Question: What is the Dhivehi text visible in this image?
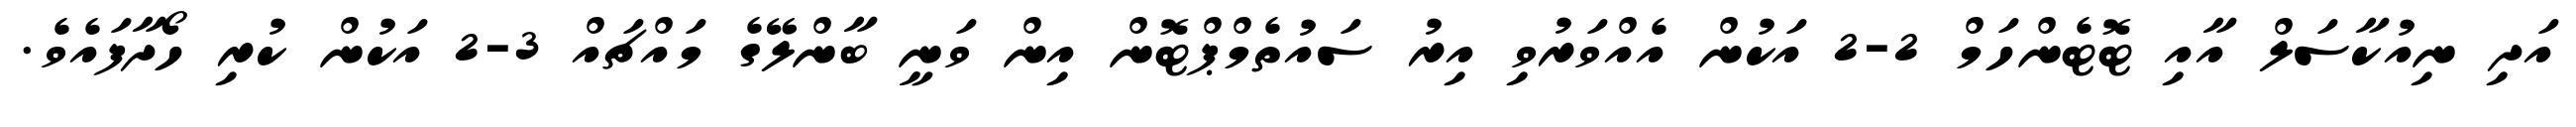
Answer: އަދި ނިއުކާސަލް އާއި ޓޮޓެންހަމް 2-2 އަކުން އެއްވަރުވި އިރު ސައުތެމްޕްޓޮން އިން ވަނީ ބާންލޭގެ މައްޗައް 3-2 އަކުން ކުރި ހޯދާފައެވެ.